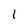
Character: l